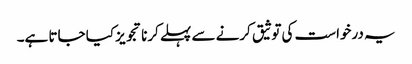
یہ درخواست کی توثیق کرنے سے پہلے کرنا تجویز کیا جاتا ہے۔